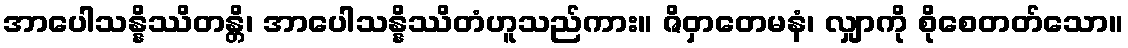
အာပေါသန္နိဿိတန္တိ၊ အာပေါသန္နိဿိတံဟူသည်ကား။ ဇိဝှာတေမနံ၊ လျှာကို စိုစေတတ်သော။